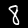
Digit: 8